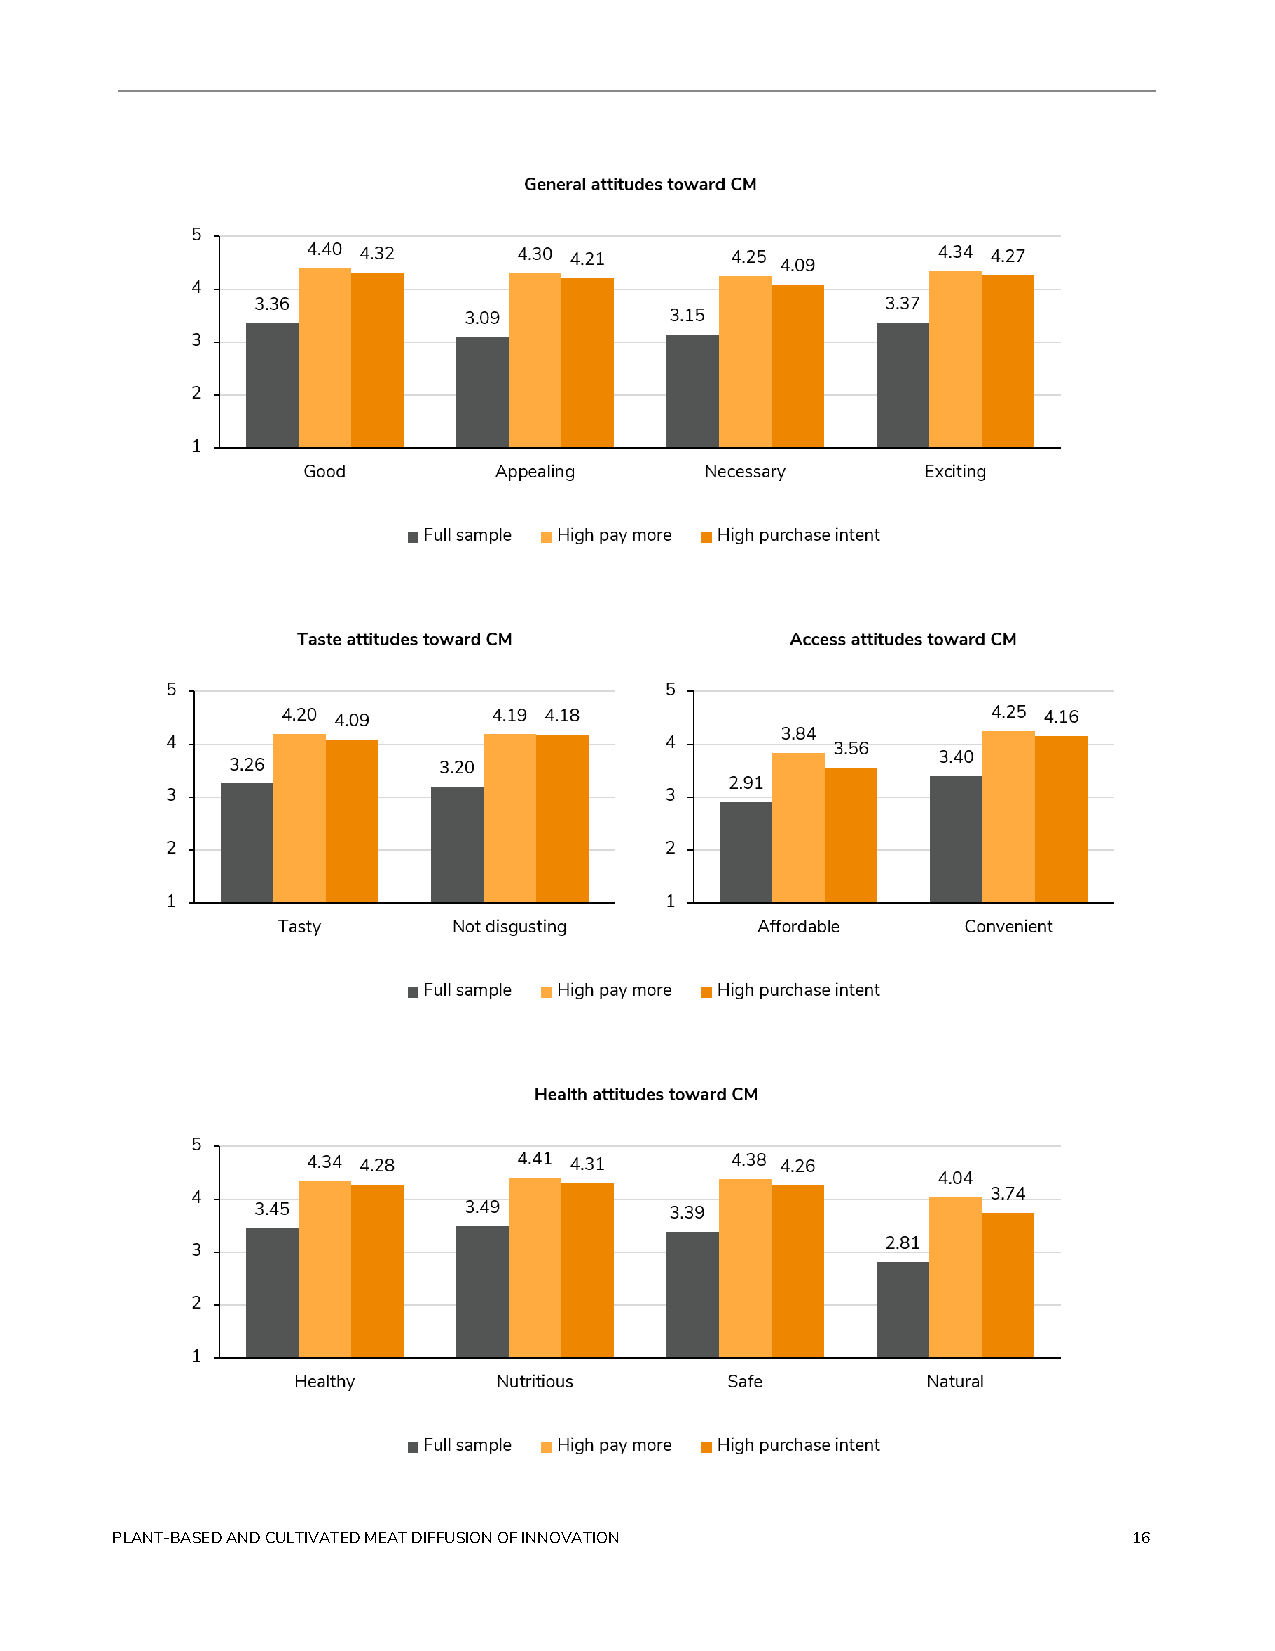
PLANT-BASED AND CULTIVATED MEAT DIFFUSION OF INNOVATION             16